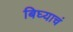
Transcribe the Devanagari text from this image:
बिघ्याचं